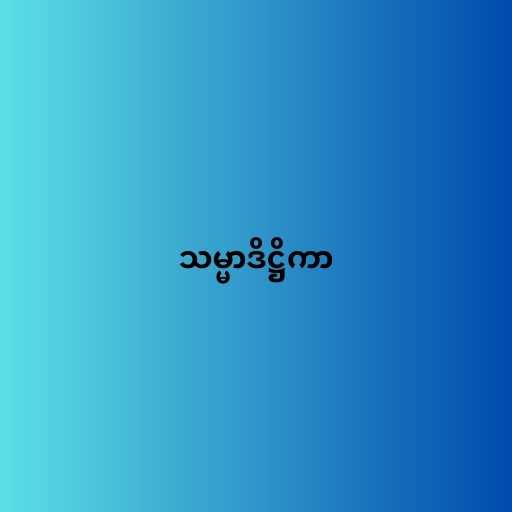
သမ္မာဒိဋ္ဌိကာ